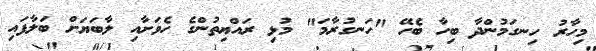
މިހާރު ހިނގަމުންދާ ބިހާ ބެހޭ "ހަނގުރާމަ" މުޅި ރައްޔިތުންގެ ހެވަށާއި ލާބަޔަށް ބަލާފައި